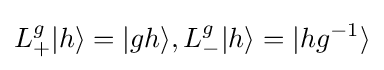
L_{+}^{g}|h\rangle =|gh\rangle ,L_{-}^{g}|h\rangle =|hg^{-1}\rangle